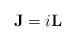
LaTeX: \begin{align*}\mathbf{J}=i\mathbf{L}\end{align*}